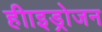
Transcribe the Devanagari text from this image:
हीाइड्रोजन